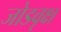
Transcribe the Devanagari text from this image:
जोडवृक्ष